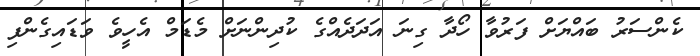
ކެންސަރު ބައްޔަށް ފަރުވާ ހޯދާ ގިނަ އަދަދެއްގެ ކުދިންނަށް މެޑަމް އެހީވެ ވަޑައިގެންފި